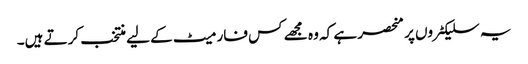
یہ سلیکٹروں پر منحصر ہے کہ وہ مجھے کس فارمیٹ کے لیے منتخب کرتے ہیں۔